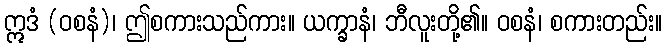
ဣဒံ (ဝစနံ)၊ ဤစကားသည်ကား။ ယက္ခာနံ၊ ဘီလူးတို့၏။ ဝစနံ၊ စကားတည်း။